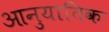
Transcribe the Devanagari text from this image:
आनुयातिक